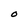
Character: O